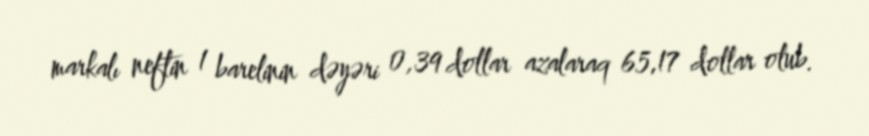
markalı neftin 1 barelinin dəyəri 0,39 dollar azalaraq 65,17 dollar olub.